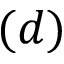
( d )